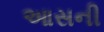
આસની